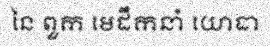
នៃ ពួក មេដឹកនាំ យោធា